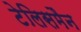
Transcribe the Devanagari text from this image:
टेलिसमैन